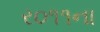
ર૦૧૧ના